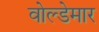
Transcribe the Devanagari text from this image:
वोल्डेमार